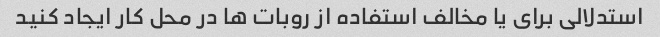
استدلالی برای یا مخالف استفاده از روبات ها در محل کار ایجاد کنید